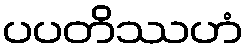
ပပတိဿဟံ